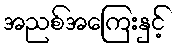
အညစ်အကြေးနှင့်